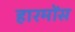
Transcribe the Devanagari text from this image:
हारमोंस